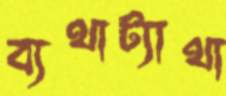
ব্যথাট্যাথা